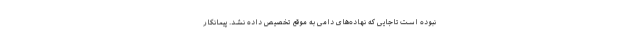
نبوده است تاجایی که نهاده‌های دامی به موقع تخصیص داده نشد. پیمانکار